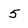
Character: 5